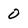
Character: 0